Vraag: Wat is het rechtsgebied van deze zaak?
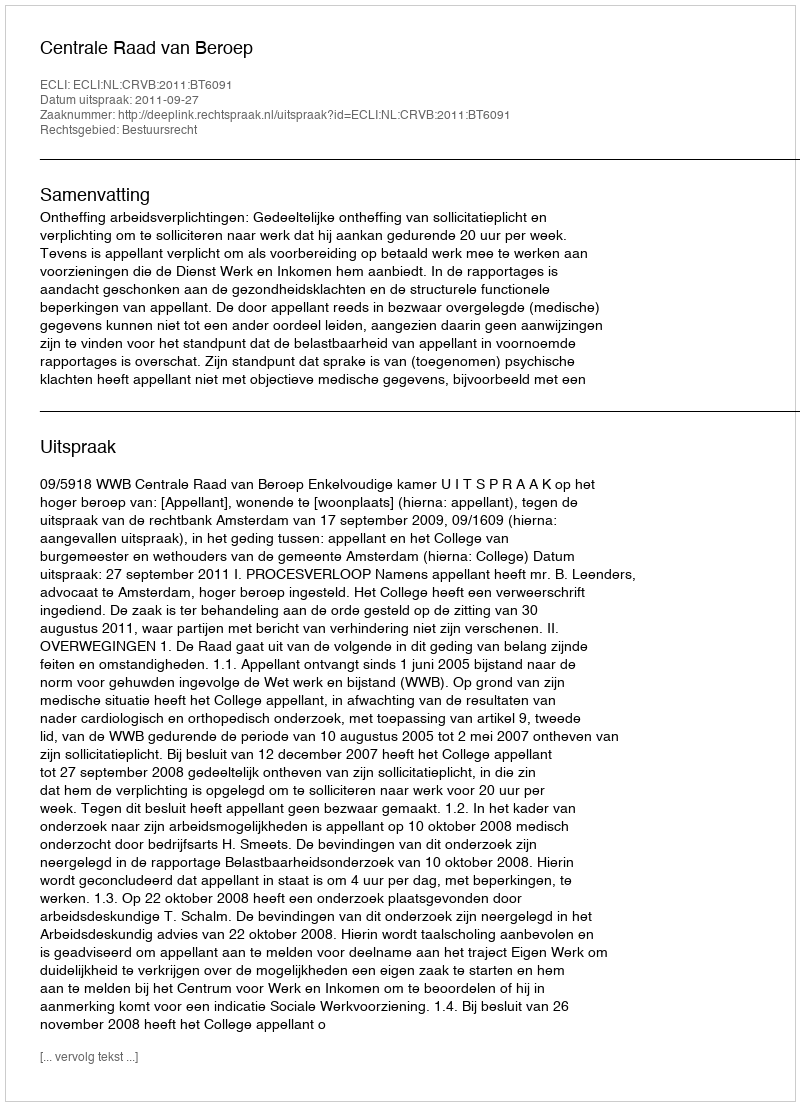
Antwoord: Bestuursrecht